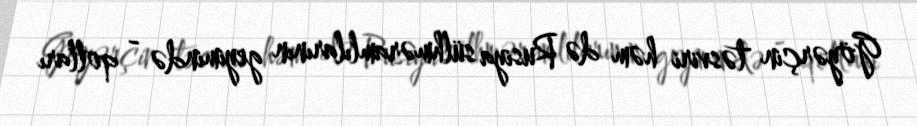
Göyərçin təsviri həm də Rusiya sülhməramlılarının geyimində - qolları